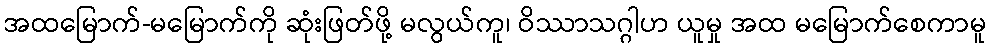
အထမြောက်-မမြောက်ကို ဆုံးဖြတ်ဖို့ မလွယ်ကူ၊ ဝိဿာသဂ္ဂါဟ ယူမှု အထ မမြောက်စေကာမူ